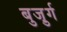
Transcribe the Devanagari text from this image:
बुजु़र्ग